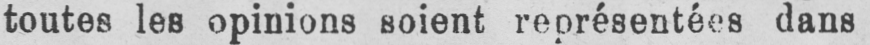
toutes les opinions soient représentées dans